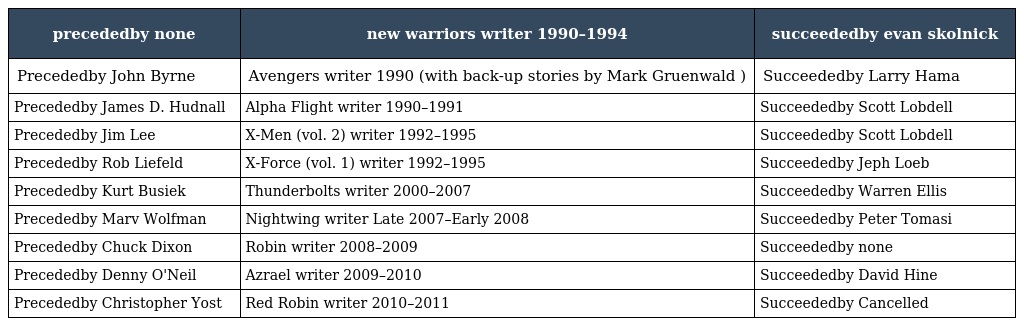
| precededby none | new warriors writer 1990–1994 | succeededby evan skolnick |
 | --- | --- | --- |
 | Precededby John Byrne | Avengers writer 1990 (with back-up stories by Mark Gruenwald ) | Succeededby Larry Hama |
 | Precededby James D. Hudnall | Alpha Flight writer 1990–1991 | Succeededby Scott Lobdell |
 | Precededby Jim Lee | X-Men (vol. 2) writer 1992–1995 | Succeededby Scott Lobdell |
 | Precededby Rob Liefeld | X-Force (vol. 1) writer 1992–1995 | Succeededby Jeph Loeb |
 | Precededby Kurt Busiek | Thunderbolts writer 2000–2007 | Succeededby Warren Ellis |
 | Precededby Marv Wolfman | Nightwing writer Late 2007–Early 2008 | Succeededby Peter Tomasi |
 | Precededby Chuck Dixon | Robin writer 2008–2009 | Succeededby none |
 | Precededby Denny O'Neil | Azrael writer 2009–2010 | Succeededby David Hine |
 | Precededby Christopher Yost | Red Robin writer 2010–2011 | Succeededby Cancelled |